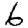
Digit: 6